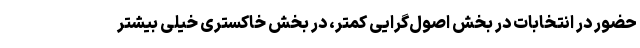
حضور در انتخابات در بخش اصول‌گرایی کمتر، در بخش خاکستری خیلی بیشتر